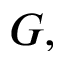
G ,